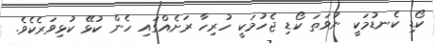
ކޯޑި ކެނޑުމަކީ ނުވަތަ ކޯޑި ޖެހުމަކީ ހުރިހާ ރަށެއްގައި ހެން ކުޅޭ ކުޅިވަރެކެވެ.